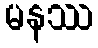
မနဿ